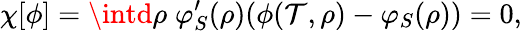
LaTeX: \chi[\phi]=\intd\rho\; \varphi_{S}^{\prime}(\rho)(\phi(\mathcal{T},\rho)-\varphi_{S}(\rho))=0,